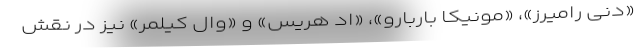
«دنی رامیرز»، «مونیکا باربارو»، «اِد هریس» و «وال کیلمر» نیز در نقش